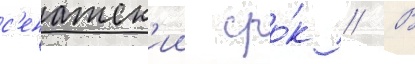
с'енатск'ии сро́к // В